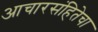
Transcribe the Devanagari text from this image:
आचारसंहितेचा